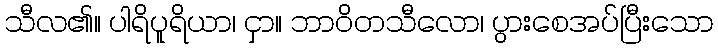
သီလ၏။ ပါရိပူရိယာ၊ ငှာ။ ဘာဝိတသီလော၊ ပွားစေအပ်ပြီးသော